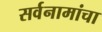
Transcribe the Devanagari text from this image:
सर्वनामांचा